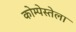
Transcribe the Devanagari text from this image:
कोम्पेस्तेला